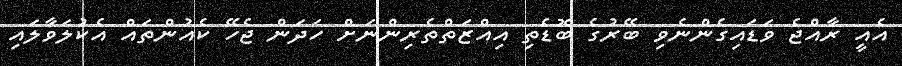
އެއީ ރާއްޖެ ވަޑައިގެންނެވި ބޭރުގެ ބޮޑެތި އިއްޒަތްތެރިންނަށް ހަދަން ޖެހޭ ކެއުންތައް އެކުލަވާލައި